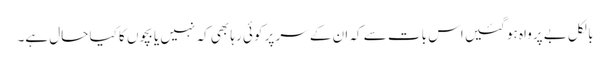
بالکل بے پرواہ ہو گئیں اس بات سے کہ ان کے سر پر کوئی رہا بھی کہ نہیں یا بچوں کا کیا حال ہے۔